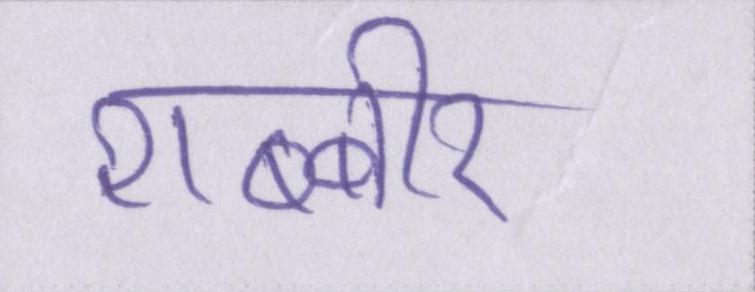
शब्बीर